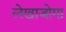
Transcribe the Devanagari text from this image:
लेखाजोगा